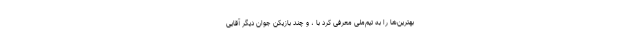
بهترین‌ها را به تیم‌ملی معرفی کرد با ، و چند بازیکن جوان دیگر آقایی